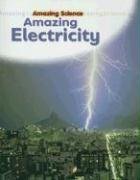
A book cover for Amazing Electricity (Amazing Science); Sally Hewitt; Children's Books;